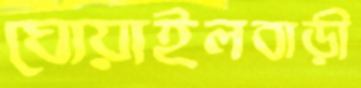
ঘোয়াইলবাড়ী